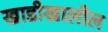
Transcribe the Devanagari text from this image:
खाडीखालील